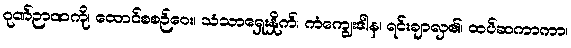
ဂုဏ်ဉာဏကို၊ ထောင်စစဉ်ဝေး၊ သံသာရှေးနှိုက်၊ ကံကျွေးဒါန၊ ရင်းချာလှ၏၊ ထပ်ဆကာကာ၊